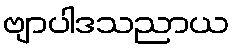
ဗျာပါဒသညာယ